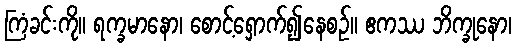
ကြံခင်းကို။ ရက္ခမာနော၊ စောင့်ရှောက်၍နေစဉ်။ ဧကဿ ဘိက္ခုနော၊